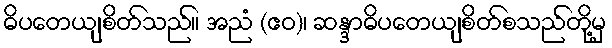
ဓိပတေယျစိတ်သည်။ အညံ (ဧဝ)၊ ဆန္ဒာဓိပတေယျစိတ်စသည်တို့မှ